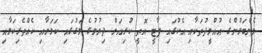
މެންބަރުންގެ ޢުއްމީދުތަކާއި އެކުގައި ޕާޓީ އޮތީ ކުރިއަށް ދިޔުމުގެ މަގުގައި ކަމަށާއި ކެއްތެރިކަމާއި